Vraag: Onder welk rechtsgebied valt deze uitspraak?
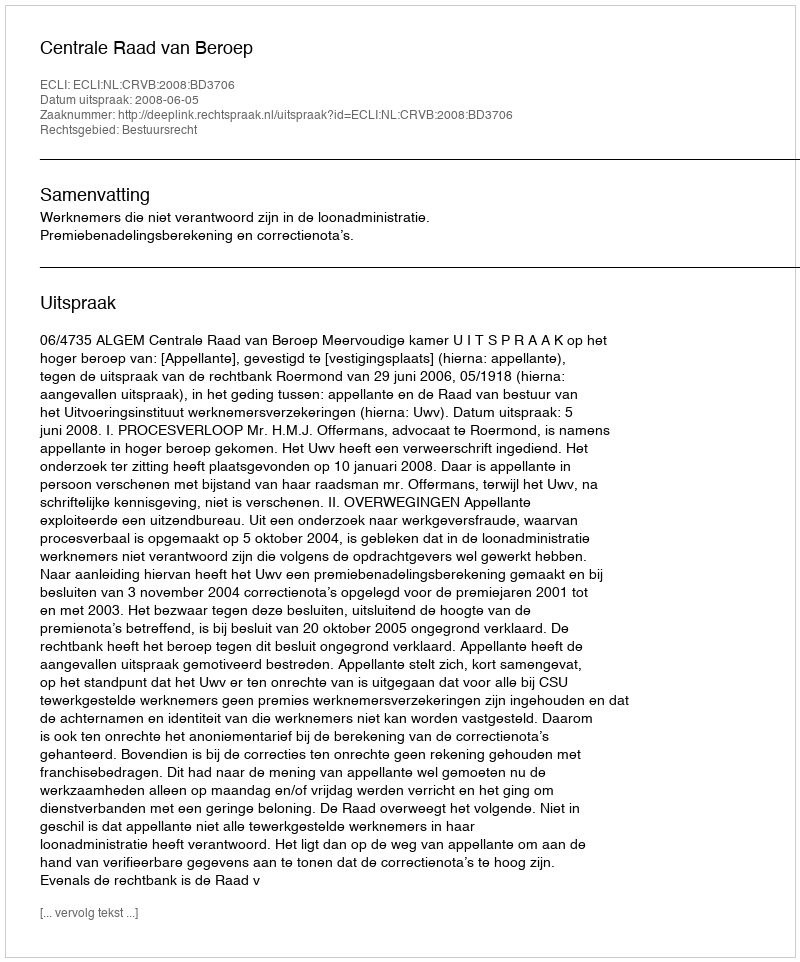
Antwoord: Bestuursrecht